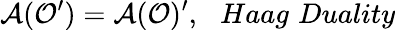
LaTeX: \mathcal{A}(\mathcal{O}^{\prime})=\mathcal{A}(\mathcal{O})^{\prime},\, \, \, \, Haag\, \, Duality